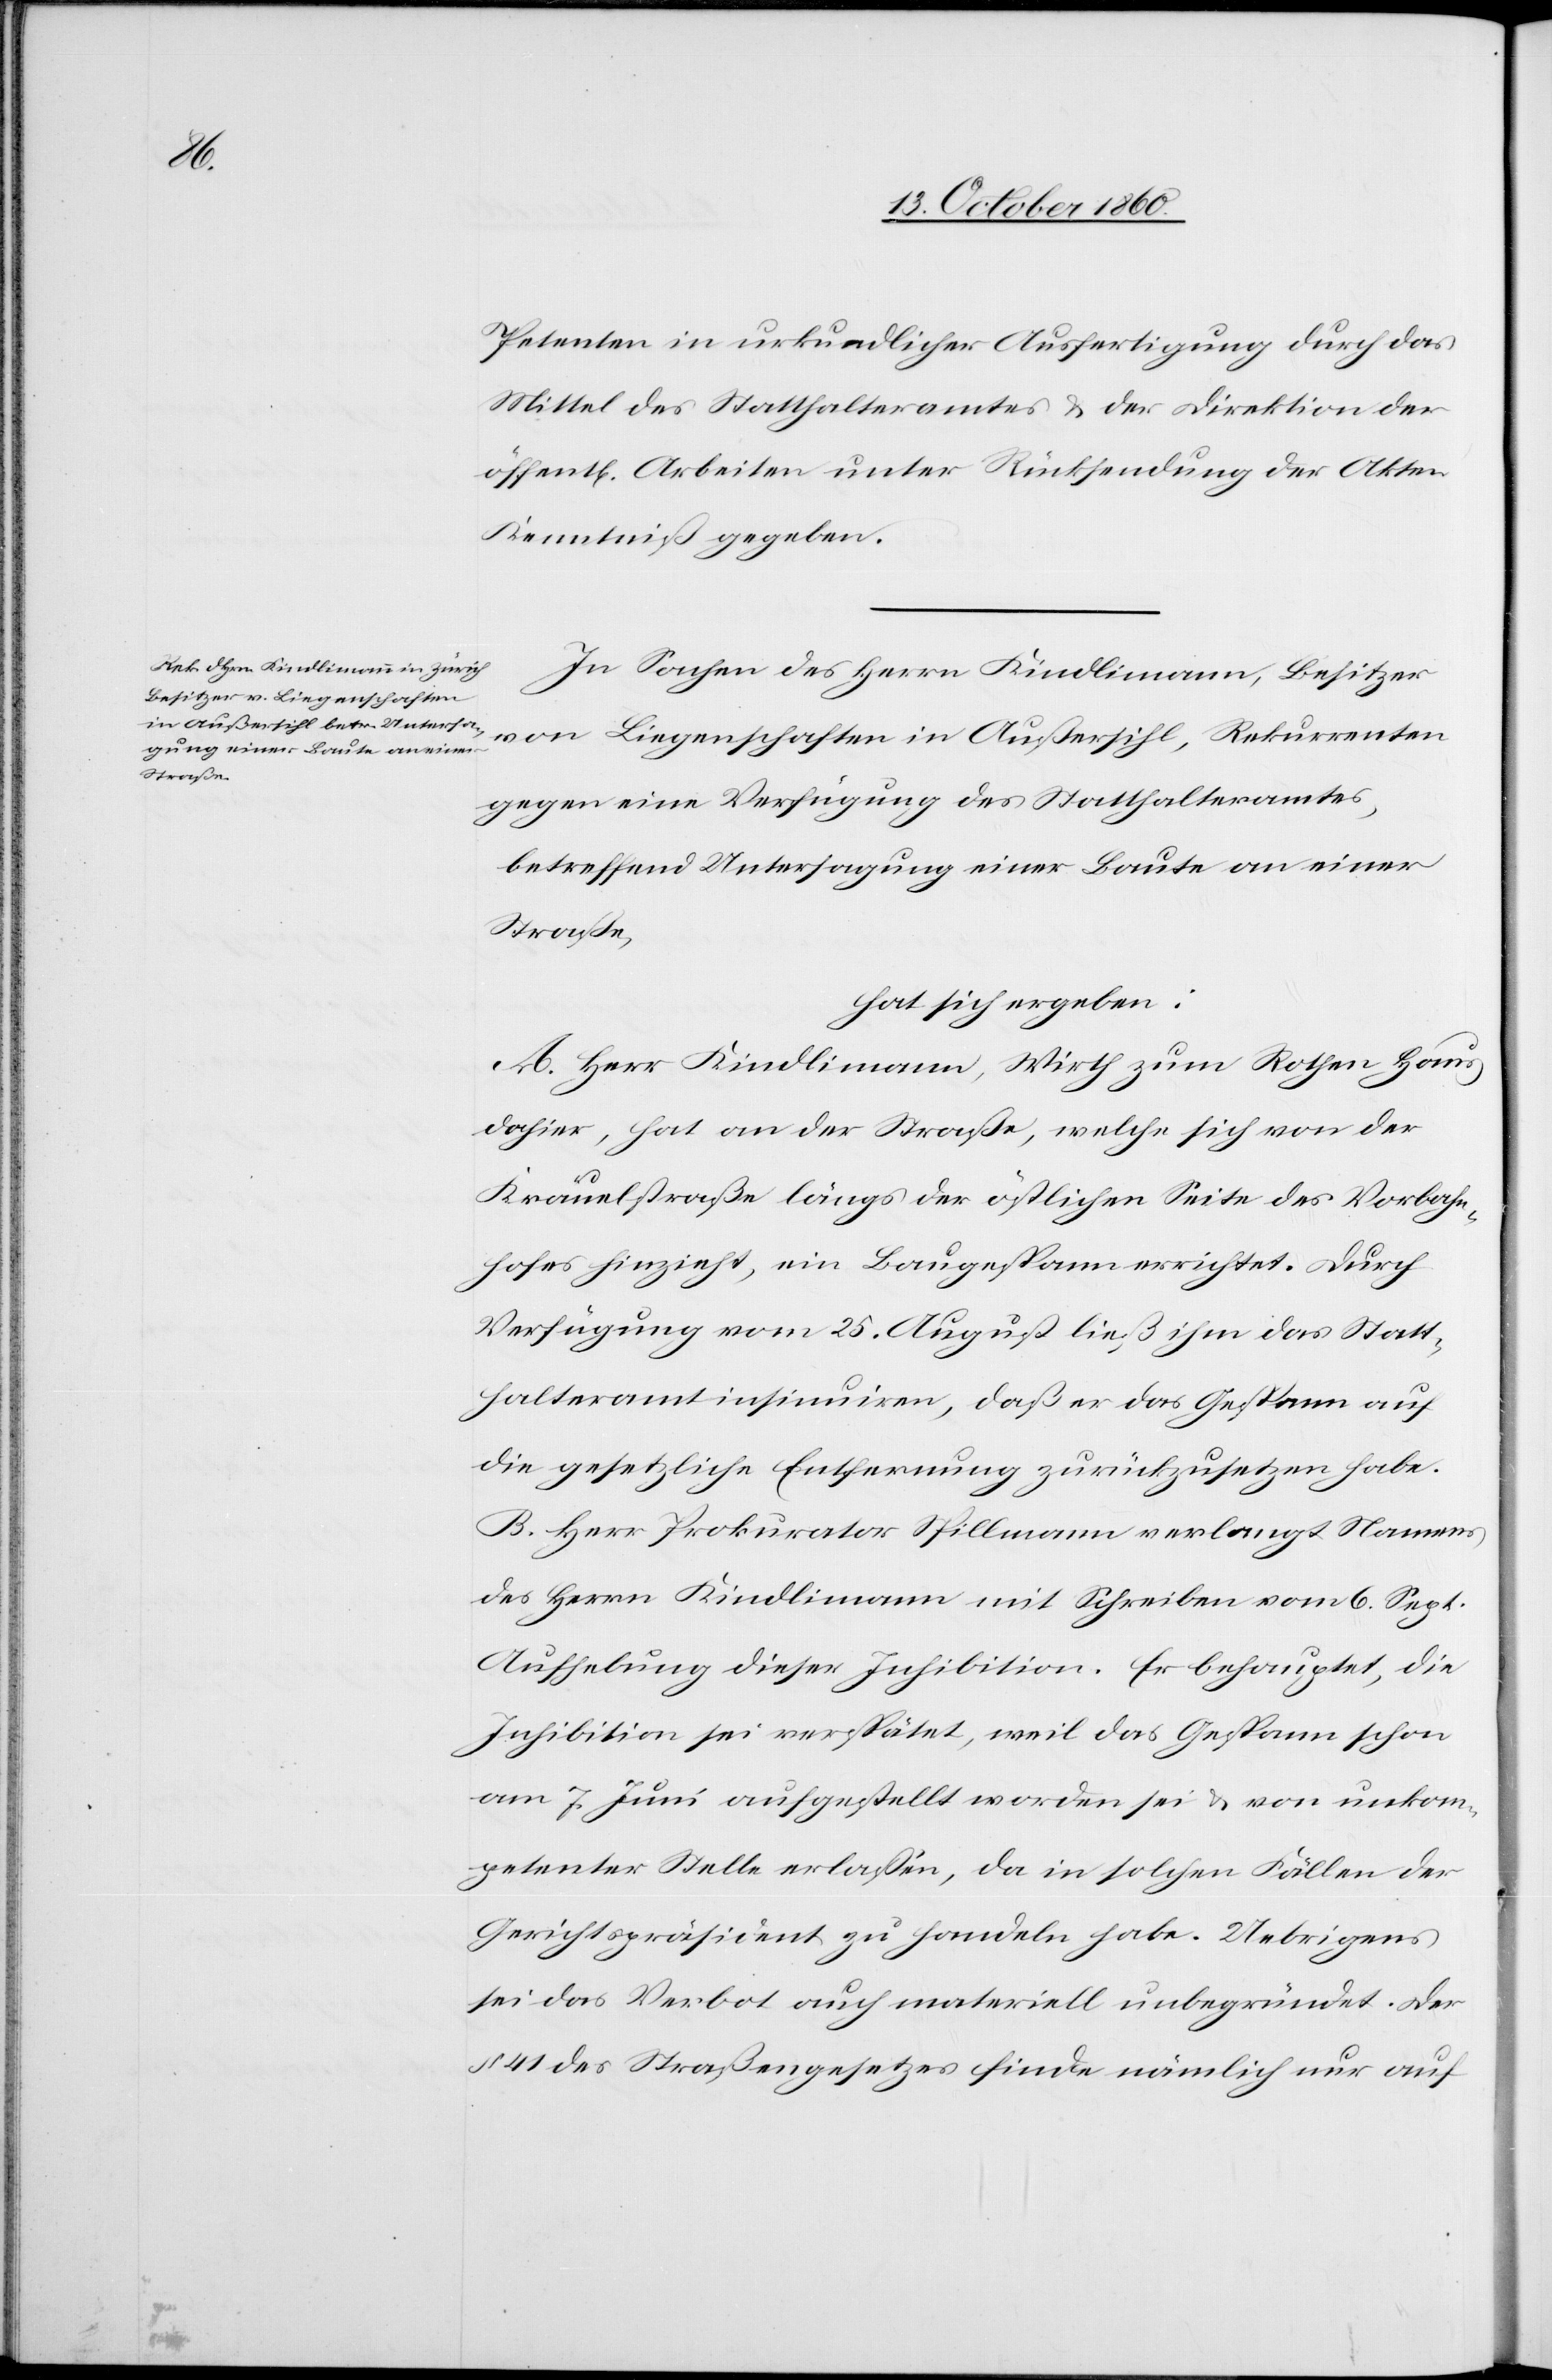
Petenten in urkundlicher Ausfertigung durch das
Mittel des Statthalteramtes u. der Direktion der
öffent[lichen] Arbeiten unter Rücksendung der Akten
Kenntniß gegeben.
In Sachen des Herrn Kindlimann, Besitzer
von Liegenschaften in Außersihl, Rekurrenten
gegen eine Verfügung des Statthalteramtes,
betreffend Untersagung einer Baute an einer
Straße,
hat sich ergeben:
A. Herr Kindlimann, Wirth zum Rothen Hans
dahier, hat an der Straße, welche sich von der
Kräuelstraße längs der östlichen Seite des Vorbahn¬
hofes hinzieht, ein Baugespann errichtet. Durch
Verfügung vom 25. August ließ ihm das Statt¬
halteramt insinuiren, daß er das Gespann auf
die gesetzliche Entfernung zurückzusetzen habe.
B. Herr Prokurator Spillmann verlangt Namens
des Herrn Kindlimann mit Schreiben vom 6. Sept.
Aufhebung dieser Inhibition. Er behauptet, die
Inhibition sei verspätet, weil das Gespann schon
am 7. Juni aufgestellt worden sei u. von unkom¬
petenter Stelle erlassen, da in solchen Fällen der
Gerichtspräsident zu handeln habe. Uebrigens
sei das Verbot auch materiell unbegründet. Der
§ 41 des Straßengesetzes finde nämlich nur auf